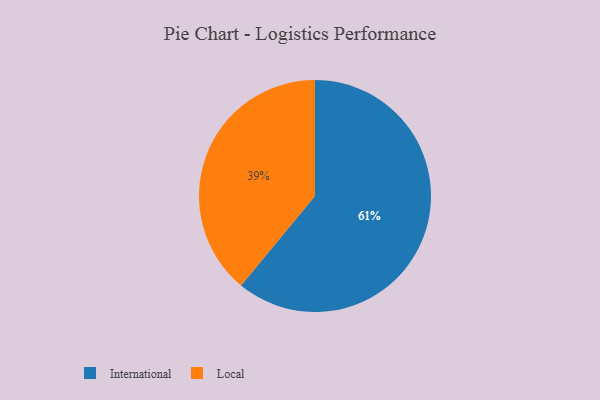
{"axis": {"x": "Category", "y": "Percentage"}, "legend": ["International", "Local"], "data": [{"x": "International", "y": 61, "type": "International"}, {"x": "Local", "y": 39, "type": "Local"}]}